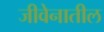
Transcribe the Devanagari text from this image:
जीवेनातील